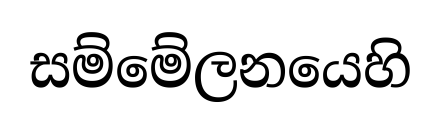
සම්මේලනයෙහි